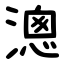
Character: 漗